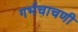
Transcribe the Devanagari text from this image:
गर्भचाचणी